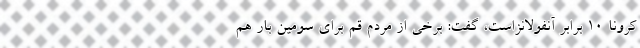
کرونا 10 برابر آنفولانزاست، گفت: برخی از مردم قم برای سومین بار هم